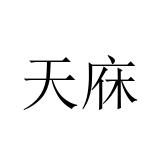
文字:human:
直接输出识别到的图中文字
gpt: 天庥